Lunatic asylums in Bengal annual reports 1912-1924 - 1912-1924
Year: 1912
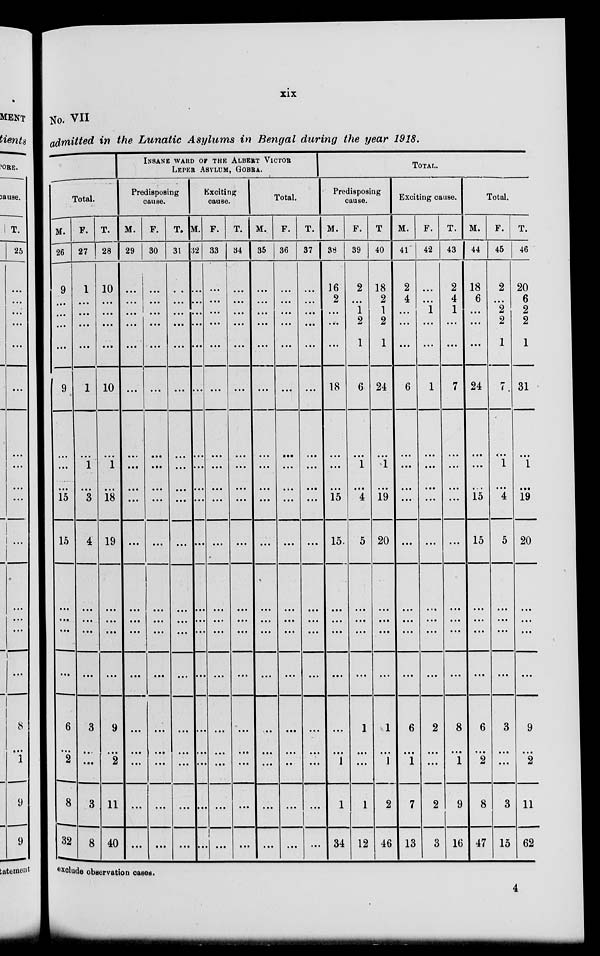
xix
No. VII
admitted in the Lunatic Asylums in Bengal during the year 1918.
Total.
M.
26
9
...
...
...
...
9
...
...
...
15
15
...
...
...
...
6
...
2
8
32
F.
27
1
...
...
...
...
1
...
1
...
3
4
...
...
...
...
3
...
...
3
8
T.
28
10
...
...
...
...
10
...
1
...
18
19
...
...
...
...
9
...
2
11
40
INSANE WARD OF THE ALBERT VICTOR
LEPER ASYLUM, GOBRA.
Predisposing
cause.
M.
29
...
...
...
...
...
...
...
...
...
...
...
...
...
...
...
...
...
...
...
...
F.
30
...
...
...
...
...
...
...
...
...
...
...
...
...
...
...
...
...
...
...
...
T.
31
...
...
...
...
...
...
...
...
...
...
...
...
...
...
...
...
...
...
...
...
Exciting
cause.
M.
32
...
...
...
...
...
...
...
...
...
...
...
...
...
...
...
...
...
...
...
...
F.
33
...
...
...
...
...
...
...
...
...
...
...
...
...
...
...
...
...
...
...
...
T.
34
...
...
...
...
...
...
...
...
...
...
...
...
...
...
...
...
...
...
...
...
Total.
M.
35
...
...
...
...
...
...
...
...
...
...
...
...
...
...
...
...
...
...
...
...
F.
36
...
...
...
...
...
...
...
...
...
...
...
...
...
...
...
...
...
...
...
...
T.
37
...
....
...
...
...
...
...
...
...
...
...
...
...
...
...
...
...
...
...
...
TOTAL.
Predisposing
cause.
M.
38
16
2
...
...
...
18
...
...
...
15
15
...
...
...
...
...
...
1
1
34
F.
39
2
...
1
2
1
6
...
1
...
4
5
...
...
...
...
1
...
...
1
12
T.
40
18
2
1
2
1
24
...
1
...
19
20
...
...
...
....
1
...
1
2
46
Exciting cause.
M.
41
2
4
...
...
...
6
...
...
...
...
...
...
...
...
...
6
...
1
7
13
F.
42
...
...
1
...
...
1
...
...
...
...
...
...
...
...
...
2
...
...
2
3
T.
43
2
4
1
...
...
7
...
...
...
...
...
...
...
...
...
8
...
1
9
16
Total.
M.
44
18
6
...
...
...
24
...
...
...
15
15
...
...
...
...
6
...
2
8
47
F.
45
2
...
2
2
1
7
...
1
...
4
5
...
...
...
...
3
...
...
3
15
T.
46
20
6
2
2
1
31
...
1
...
19
20
...
...
...
...
9
...
2
11
62
exclude observation cases.
4